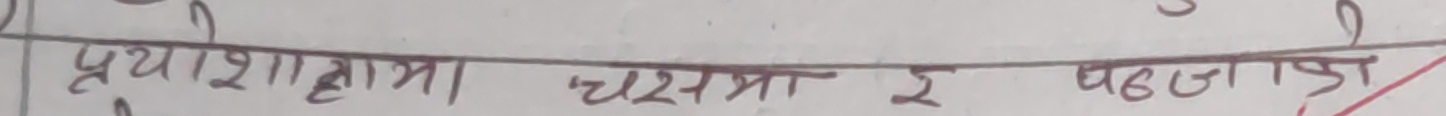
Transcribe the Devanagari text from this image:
प्रयोगशालामा चश्मा र पञ्जा